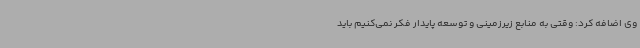
وی اضافه کرد: وقتی به منابع زیرزمینی و توسعه پایدار فکر نمی‌کنیم باید